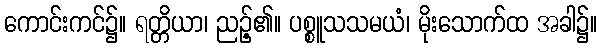
ကောင်းကင်၌။ ရတ္တိယာ၊ ညဉ့်၏။ ပစ္စူသသမယံ၊ မိုးသောက်ထ အခါ၌။